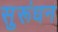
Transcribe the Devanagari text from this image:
सुरूंधन